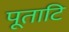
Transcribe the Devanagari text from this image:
पूताटि